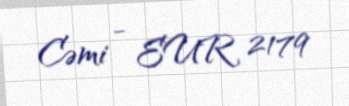
Cəmi - EUR 2179